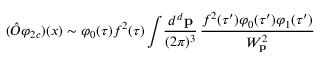
( \hat { O } \varphi _ { 2 c } ) ( x ) \sim \varphi _ { 0 } ( \tau ) f ^ { 2 } ( \tau ) \int \! { \frac { d ^ { d } { \bf p } } { ( 2 \pi ) ^ { 3 } } } \, { \frac { f ^ { 2 } ( \tau ^ { \prime } ) \varphi _ { 0 } ( \tau ^ { \prime } ) \varphi _ { 1 } ( \tau ^ { \prime } ) } { W _ { \bf p } ^ { 2 } } }